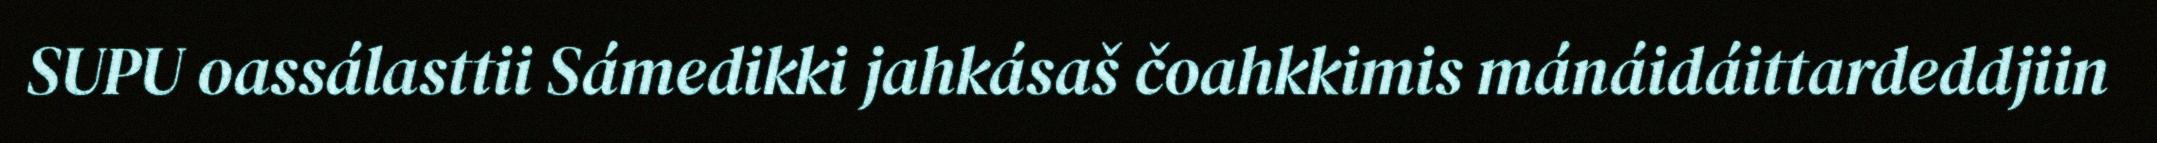
SUPU oassálasttii Sámedikki jahkásaš čoahkkimis mánáidáittardeddjiin